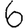
Digit: 6